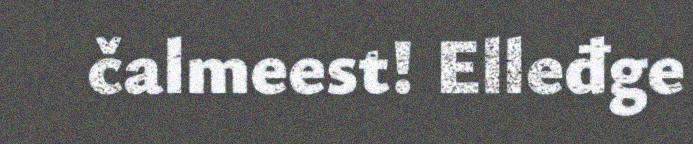
čalmeest! Elleđge